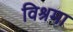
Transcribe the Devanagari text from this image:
विश्रमा